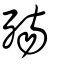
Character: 殤